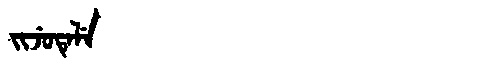
Manchu: ᠵᡳᠵᡠᡨᡝᠯᡝ
Romanization: JIJUTELE